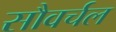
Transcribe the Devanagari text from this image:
सौवर्चल